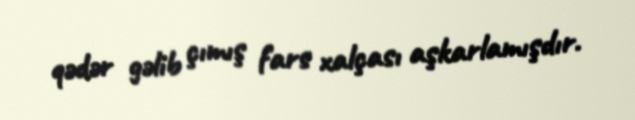
qədər gəlib çımış fars xalçası aşkarlamışdır.